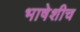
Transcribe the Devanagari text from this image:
भाषेशीच